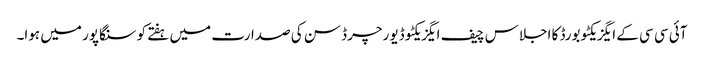
آئی سی سی کے ایگزیکٹو بورڈ کا اجلاس چیف ایگزیکٹو ڈیو رچرڈ سن کی صدارت میں ہفتے کو سنگاپور میں ہوا۔